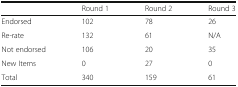
<table><thead><tr><td></td><td><b>Round 1</b></td><td><b>Round 2</b></td><td><b>Round 3</b></td></tr></thead><tbody><tr><td>Endorsed</td><td>102</td><td>78</td><td>26</td></tr><tr><td>Re-rate</td><td>132</td><td>61</td><td>N/A</td></tr><tr><td>Not endorsed</td><td>106</td><td>20</td><td>35</td></tr><tr><td>New Items</td><td>0</td><td>27</td><td>0</td></tr><tr><td>Total</td><td>340</td><td>159</td><td>61</td></tr></tbody></table>